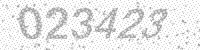
Solution: 023423